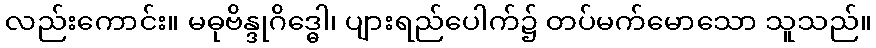
လည်းကောင်း။ မဓုဗိန္ဒုဂိဒ္ဓေါ၊ ပျားရည်ပေါက်၌ တပ်မက်မောသော သူသည်။